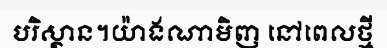
បរិស្ថាន។យ៉ាងណាមិញ នៅពេលថ្មី